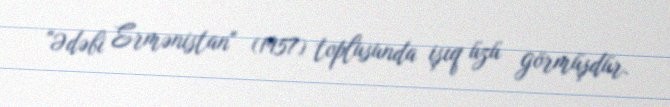
"Ədəbi Ermənistan" (1957) toplusunda işıq üzü görmüşdür.